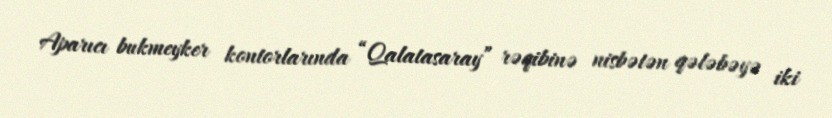
Aparıcı bukmeyker kontorlarında “Qalatasaray” rəqibinə nisbətən qələbəyə iki